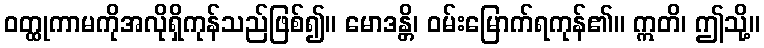
ဝတ္ထုကာမကိုအလိုရှိကုန်သည်ဖြစ်၍။ မောဒန္တိ၊ ဝမ်းမြောက်ရကုန်၏။ ဣတိ၊ ဤသို့။